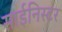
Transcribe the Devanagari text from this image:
साईनिस्टर